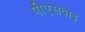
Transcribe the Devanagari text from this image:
पीएसवाइ